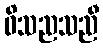
ဝိသညသညီ